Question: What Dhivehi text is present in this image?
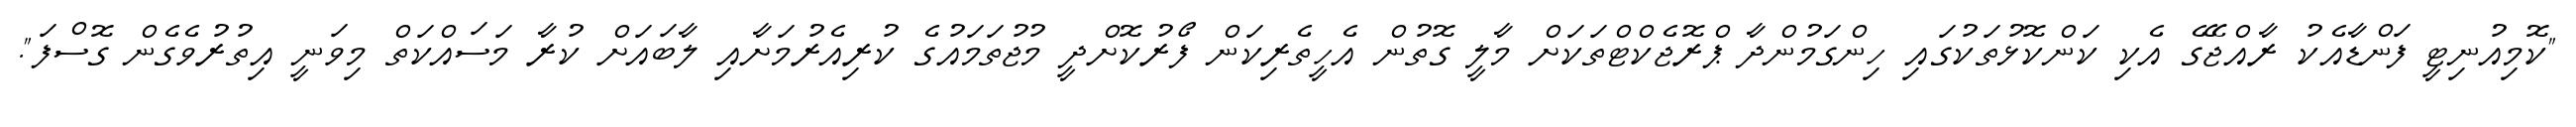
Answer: "ކޮމިއުނިޓީ ފަންޑާއެކު ރާއްޖޭގެ އެކި ކަންކޮޅުތަކުގައި ހިންގަމުންދާ ޕްރޮޖެކްޓްތަކަށް މާލީ ގޮތުން އެހީތެރިކަން ފޯރުކޮށްދީ މުޖުތަމައުގެ ކުރިއެރުމަށާއި ލާބައަށް ކުރާ މަސައްކަތް މިވަނީ އިތުރުވެގެން ގޮސްފަ".